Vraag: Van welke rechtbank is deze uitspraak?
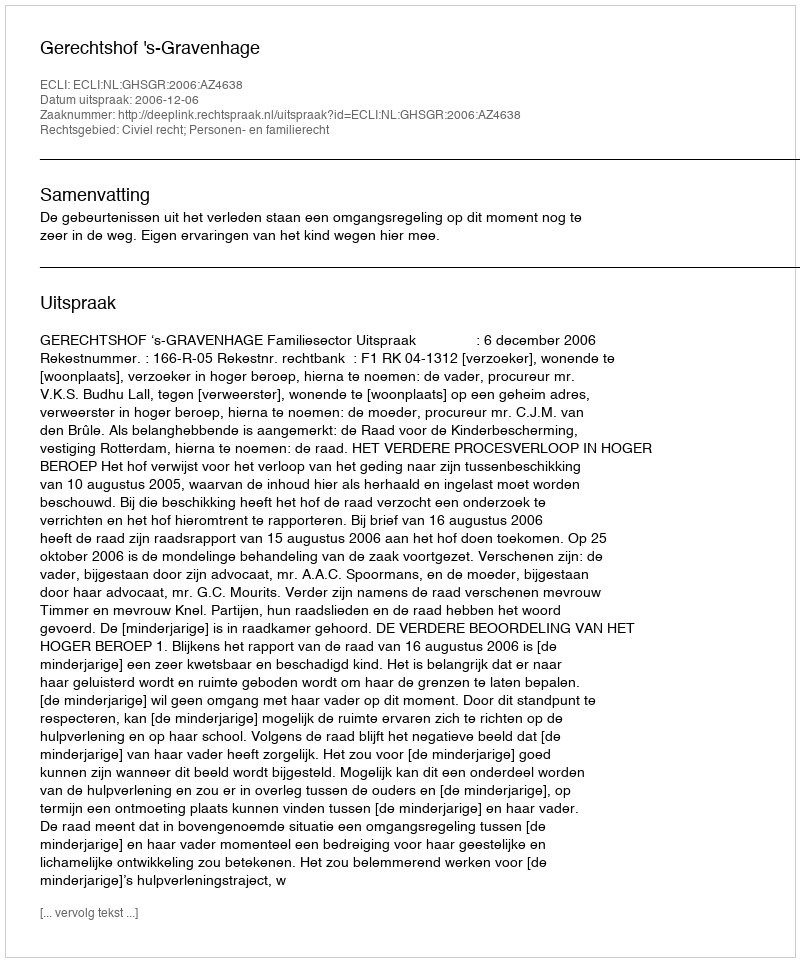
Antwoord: Gerechtshof 's-Gravenhage